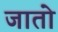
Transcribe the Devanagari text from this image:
जाताे